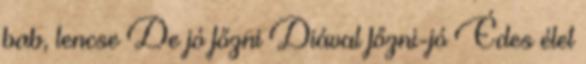
bab, lencse De jó főzni Diával főzni-jó Édes élet